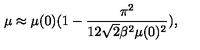
\mu \approx \mu ( 0 ) ( 1 - \frac { \pi ^ { 2 } } { 1 2 \sqrt { 2 } \beta ^ { 2 } \mu ( 0 ) ^ { 2 } } ) ,